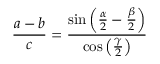
{ \frac { a - b } { c } } = { \frac { \sin \left( { \frac { \alpha } { 2 } } - { \frac { \beta } { 2 } } \right) } { \cos \left( { \frac { \gamma } { 2 } } \right) } }